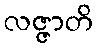
လဇ္ဇာတိ